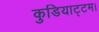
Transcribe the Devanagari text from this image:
कुडियाट्टम।